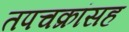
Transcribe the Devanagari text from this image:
तपचक्रांसह